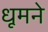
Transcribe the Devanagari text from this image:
धूमने